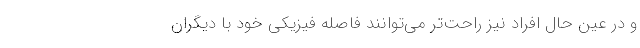
و در عین حال افراد نیز راحت‌تر می‌توانند فاصله فیزیکی خود با دیگران